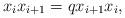
LaTeX: \begin{align*}x_i x_{i+1}=q x_{i+1}x_i,\end{align*}